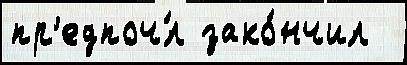
пр'едпоч́л зако́нчил